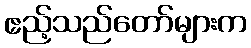
ဧည့်သည်တော်များက